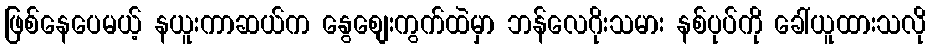
ဖြစ်နေပေမယ့် နယူးကာဆယ်က နွေစျေးကွက်ထဲမှာ ဘန်လေဂိုးသမား နစ်ပုပ်ကို ခေါ်ယူထားသလို